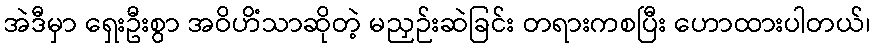
အဲဒီမှာ ရှေးဦးစွာ အဝိဟိံသာဆိုတဲ့ မညှဉ်းဆဲခြင်း တရားကစပြီး ဟောထားပါတယ်၊